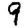
Digit: 9